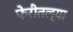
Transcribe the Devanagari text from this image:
फेरीतल्या